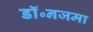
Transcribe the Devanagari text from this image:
डॉ॰नजमा